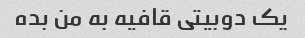
یک دوبیتی قافیه به من بده